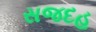
સજદહ